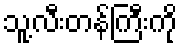
သူ့လီးတန်ကြီးကို